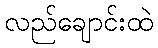
လည်ချောင်းထဲ